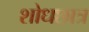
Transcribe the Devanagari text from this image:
शोधछात्र